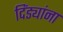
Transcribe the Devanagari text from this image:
दिंड्यांना